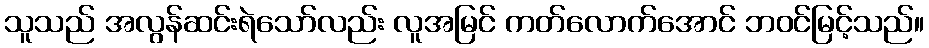
သူသည် အလွန်ဆင်းရဲသော်လည်း လူအမြင် ကတ်လောက်အောင် ဘဝင်မြင့်သည်။